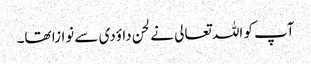
آپ کو اللہ تعالی نے لحن داؤدی سے نوازا تھا۔